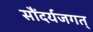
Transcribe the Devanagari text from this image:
सौंदर्यजगत्